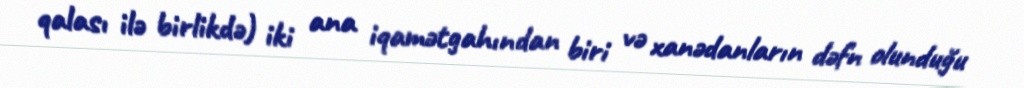
qalası ilə birlikdə) iki ana iqamətgahından biri və xanədanların dəfn olunduğu